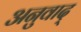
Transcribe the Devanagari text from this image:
अनुवाद्